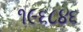
૧૯૬૮૪૬